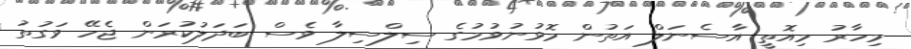
މިހާރު މިއޮތީ އާސެނަލް އަތުން މޮޅުނުވުމުގެ ސިލްސިލާ ވެސް ބަދަލުކުރަން ޖެހޭ ވަގުތު